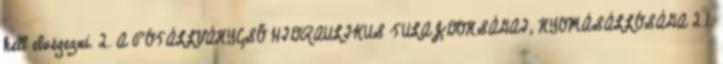
kell elvégezni. 2. A PÓTÁLLVÁNYCSÕ HIDRAULIKUS TULAJDONSÁGAI, NYOMÁSÁLLÓSÁGA 2.1.